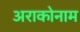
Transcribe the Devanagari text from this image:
अराकोनाम